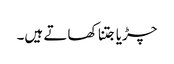
چڑیا جتنا کھاتے ہیں۔